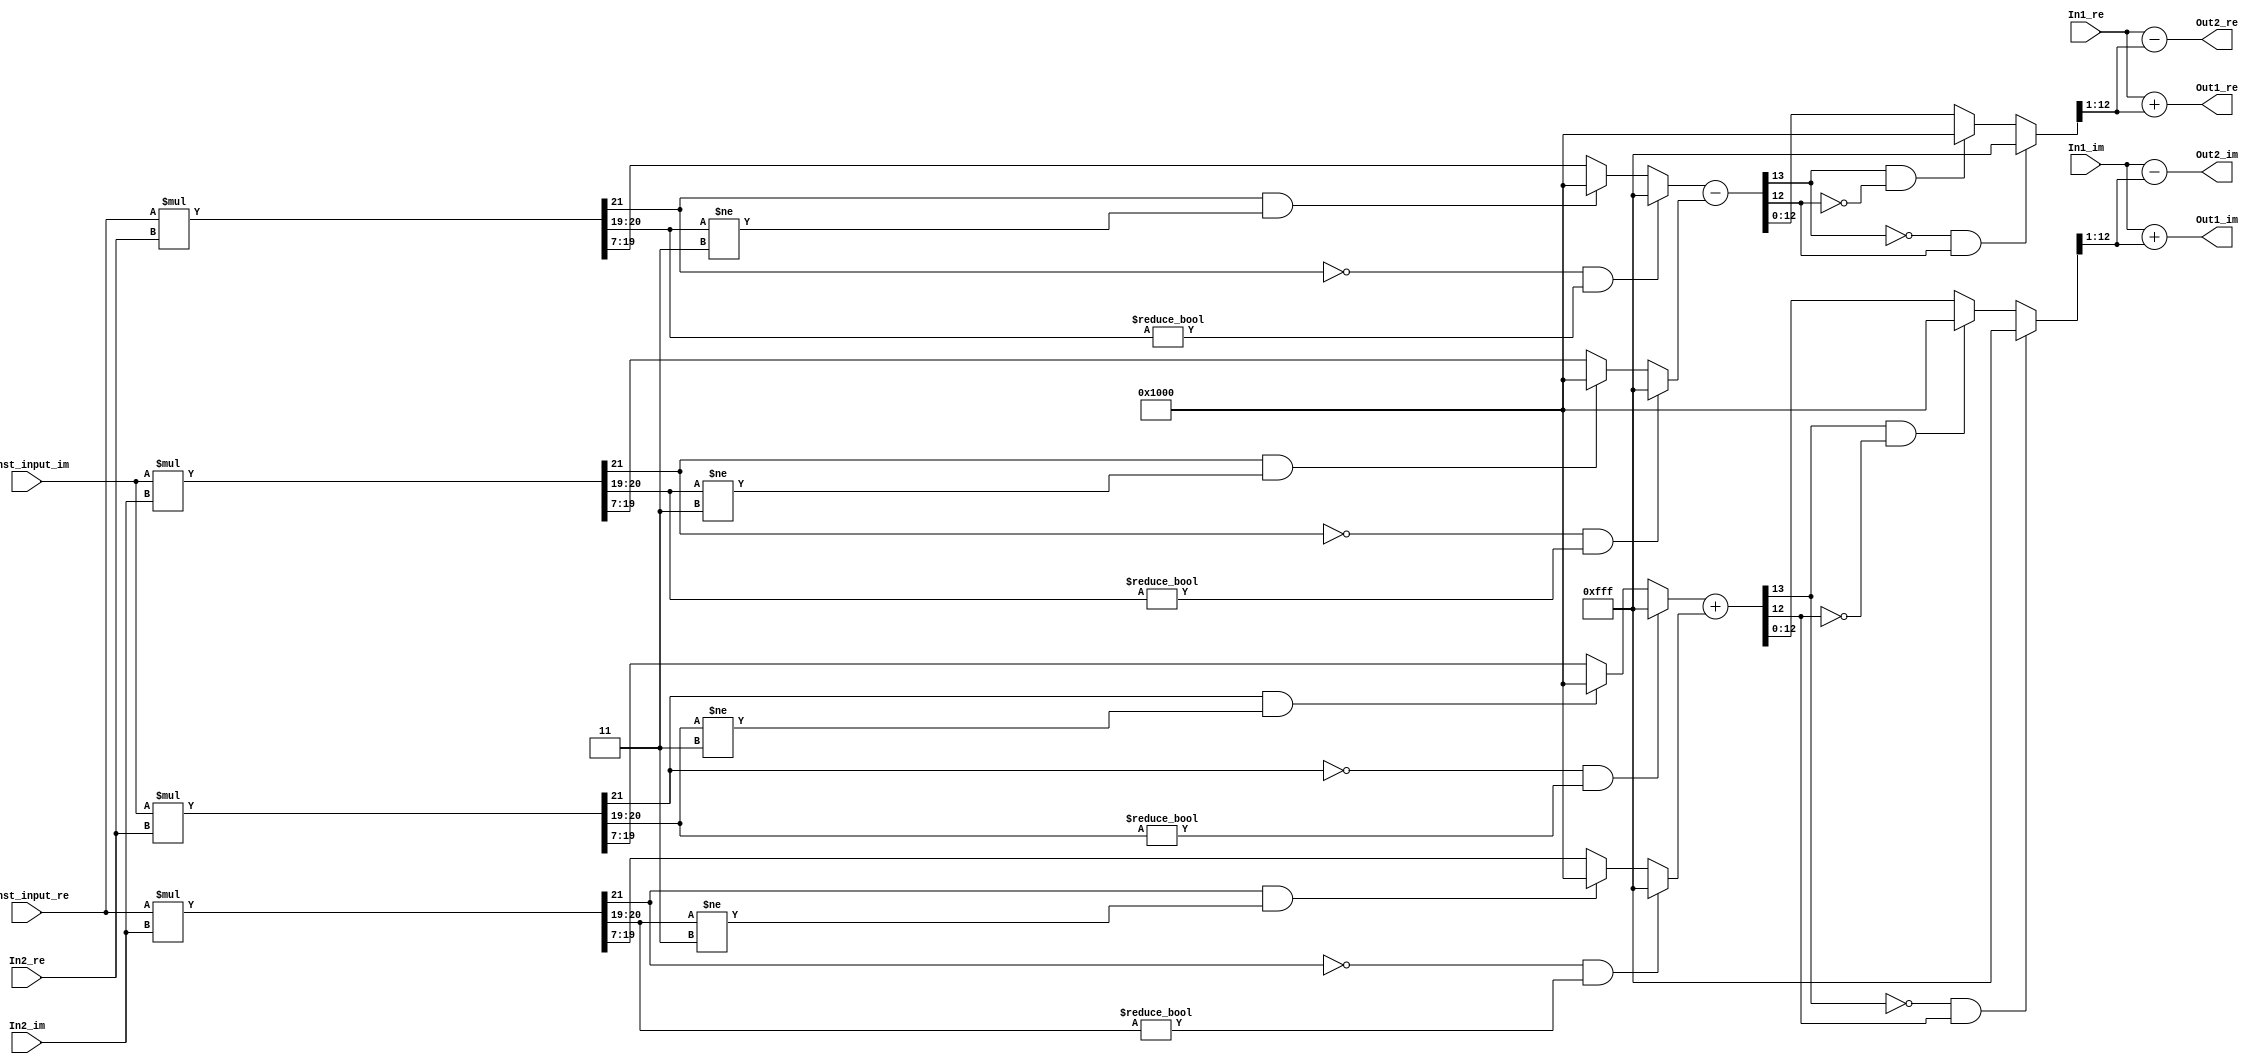
// -------------------------------------------------------------
// 
// 
// Generated by MATLAB 9.4 and HDL Coder 3.12
// 
// -------------------------------------------------------------


// -------------------------------------------------------------
// 
// Module: SixthStageB2
// Source Path: FFTscheme2/FFTv2/Butterflies/128 input 6  step  /SixthStageB2
// Hierarchy Level: 3
// 
// -------------------------------------------------------------

`timescale 1 ns / 1 ns

module SixthStageB2
          (In1_re,
           In1_im,
           In2_re,
           In2_im,
           Const_input_re,
           Const_input_im,
           Out1_re,
           Out1_im,
           Out2_re,
           Out2_im);


  input   signed [11:0] In1_re;  // sfix12_En3
  input   signed [11:0] In1_im;  // sfix12_En3
  input   signed [11:0] In2_re;  // sfix12_En3
  input   signed [11:0] In2_im;  // sfix12_En3
  input   signed [9:0] Const_input_re;  // sfix10_En8
  input   signed [9:0] Const_input_im;  // sfix10_En8
  output  signed [12:0] Out1_re;  // sfix13_En3
  output  signed [12:0] Out1_im;  // sfix13_En3
  output  signed [12:0] Out2_re;  // sfix13_En3
  output  signed [12:0] Out2_im;  // sfix13_En3


  wire signed [21:0] Product_mul_temp;  // sfix22_En11
  wire signed [12:0] Product_sub_cast;  // sfix13_En4
  wire signed [13:0] Product_sub_cast_1;  // sfix14_En4
  wire signed [21:0] Product_mul_temp_1;  // sfix22_En11
  wire signed [12:0] Product_sub_cast_2;  // sfix13_En4
  wire signed [13:0] Product_sub_cast_3;  // sfix14_En4
  wire signed [13:0] Product_sub_temp;  // sfix14_En4
  wire signed [21:0] Product_mul_temp_2;  // sfix22_En11
  wire signed [12:0] Product_add_cast;  // sfix13_En4
  wire signed [13:0] Product_add_cast_1;  // sfix14_En4
  wire signed [21:0] Product_mul_temp_3;  // sfix22_En11
  wire signed [12:0] Product_add_cast_2;  // sfix13_En4
  wire signed [13:0] Product_add_cast_3;  // sfix14_En4
  wire signed [13:0] Product_add_temp;  // sfix14_En4
  wire signed [12:0] Product_out1_re;  // sfix13_En4
  wire signed [12:0] Product_out1_im;  // sfix13_En4
  wire signed [13:0] Sum_add_cast;  // sfix14_En3
  wire signed [13:0] Sum_add_cast_1;  // sfix14_En3
  wire signed [13:0] Sum_add_temp;  // sfix14_En3
  wire signed [13:0] Sum_add_cast_2;  // sfix14_En3
  wire signed [13:0] Sum_add_cast_3;  // sfix14_En3
  wire signed [13:0] Sum_add_temp_1;  // sfix14_En3
  wire signed [12:0] Sum_out1_re;  // sfix13_En3
  wire signed [12:0] Sum_out1_im;  // sfix13_En3
  wire signed [13:0] Sum1_sub_cast;  // sfix14_En3
  wire signed [13:0] Sum1_sub_cast_1;  // sfix14_En3
  wire signed [13:0] Sum1_sub_temp;  // sfix14_En3
  wire signed [13:0] Sum1_sub_cast_2;  // sfix14_En3
  wire signed [13:0] Sum1_sub_cast_3;  // sfix14_En3
  wire signed [13:0] Sum1_sub_temp_1;  // sfix14_En3
  wire signed [12:0] Sum1_out1_re;  // sfix13_En3
  wire signed [12:0] Sum1_out1_im;  // sfix13_En3


  assign Product_mul_temp = Const_input_re * In2_re;
  assign Product_sub_cast = ((Product_mul_temp[21] == 1'b0) && (Product_mul_temp[20:19] != 2'b00) ? 13'sb0111111111111 :
              ((Product_mul_temp[21] == 1'b1) && (Product_mul_temp[20:19] != 2'b11) ? 13'sb1000000000000 :
              $signed(Product_mul_temp[19:7])));
  assign Product_sub_cast_1 = {Product_sub_cast[12], Product_sub_cast};
  assign Product_mul_temp_1 = Const_input_im * In2_im;
  assign Product_sub_cast_2 = ((Product_mul_temp_1[21] == 1'b0) && (Product_mul_temp_1[20:19] != 2'b00) ? 13'sb0111111111111 :
              ((Product_mul_temp_1[21] == 1'b1) && (Product_mul_temp_1[20:19] != 2'b11) ? 13'sb1000000000000 :
              $signed(Product_mul_temp_1[19:7])));
  assign Product_sub_cast_3 = {Product_sub_cast_2[12], Product_sub_cast_2};
  assign Product_sub_temp = Product_sub_cast_1 - Product_sub_cast_3;
  assign Product_out1_re = ((Product_sub_temp[13] == 1'b0) && (Product_sub_temp[12] != 1'b0) ? 13'sb0111111111111 :
              ((Product_sub_temp[13] == 1'b1) && (Product_sub_temp[12] != 1'b1) ? 13'sb1000000000000 :
              $signed(Product_sub_temp[12:0])));
  assign Product_mul_temp_2 = Const_input_im * In2_re;
  assign Product_add_cast = ((Product_mul_temp_2[21] == 1'b0) && (Product_mul_temp_2[20:19] != 2'b00) ? 13'sb0111111111111 :
              ((Product_mul_temp_2[21] == 1'b1) && (Product_mul_temp_2[20:19] != 2'b11) ? 13'sb1000000000000 :
              $signed(Product_mul_temp_2[19:7])));
  assign Product_add_cast_1 = {Product_add_cast[12], Product_add_cast};
  assign Product_mul_temp_3 = Const_input_re * In2_im;
  assign Product_add_cast_2 = ((Product_mul_temp_3[21] == 1'b0) && (Product_mul_temp_3[20:19] != 2'b00) ? 13'sb0111111111111 :
              ((Product_mul_temp_3[21] == 1'b1) && (Product_mul_temp_3[20:19] != 2'b11) ? 13'sb1000000000000 :
              $signed(Product_mul_temp_3[19:7])));
  assign Product_add_cast_3 = {Product_add_cast_2[12], Product_add_cast_2};
  assign Product_add_temp = Product_add_cast_1 + Product_add_cast_3;
  assign Product_out1_im = ((Product_add_temp[13] == 1'b0) && (Product_add_temp[12] != 1'b0) ? 13'sb0111111111111 :
              ((Product_add_temp[13] == 1'b1) && (Product_add_temp[12] != 1'b1) ? 13'sb1000000000000 :
              $signed(Product_add_temp[12:0])));



  assign Sum_add_cast = {{2{In1_re[11]}}, In1_re};
  assign Sum_add_cast_1 = {{2{Product_out1_re[12]}}, Product_out1_re[12:1]};
  assign Sum_add_temp = Sum_add_cast + Sum_add_cast_1;
  assign Sum_out1_re = ((Sum_add_temp[13] == 1'b0) && (Sum_add_temp[12] != 1'b0) ? 13'sb0111111111111 :
              ((Sum_add_temp[13] == 1'b1) && (Sum_add_temp[12] != 1'b1) ? 13'sb1000000000000 :
              $signed(Sum_add_temp[12:0])));
  assign Sum_add_cast_2 = {{2{In1_im[11]}}, In1_im};
  assign Sum_add_cast_3 = {{2{Product_out1_im[12]}}, Product_out1_im[12:1]};
  assign Sum_add_temp_1 = Sum_add_cast_2 + Sum_add_cast_3;
  assign Sum_out1_im = ((Sum_add_temp_1[13] == 1'b0) && (Sum_add_temp_1[12] != 1'b0) ? 13'sb0111111111111 :
              ((Sum_add_temp_1[13] == 1'b1) && (Sum_add_temp_1[12] != 1'b1) ? 13'sb1000000000000 :
              $signed(Sum_add_temp_1[12:0])));



  assign Out1_re = Sum_out1_re;

  assign Out1_im = Sum_out1_im;

  assign Sum1_sub_cast = {{2{In1_re[11]}}, In1_re};
  assign Sum1_sub_cast_1 = {{2{Product_out1_re[12]}}, Product_out1_re[12:1]};
  assign Sum1_sub_temp = Sum1_sub_cast - Sum1_sub_cast_1;
  assign Sum1_out1_re = ((Sum1_sub_temp[13] == 1'b0) && (Sum1_sub_temp[12] != 1'b0) ? 13'sb0111111111111 :
              ((Sum1_sub_temp[13] == 1'b1) && (Sum1_sub_temp[12] != 1'b1) ? 13'sb1000000000000 :
              $signed(Sum1_sub_temp[12:0])));
  assign Sum1_sub_cast_2 = {{2{In1_im[11]}}, In1_im};
  assign Sum1_sub_cast_3 = {{2{Product_out1_im[12]}}, Product_out1_im[12:1]};
  assign Sum1_sub_temp_1 = Sum1_sub_cast_2 - Sum1_sub_cast_3;
  assign Sum1_out1_im = ((Sum1_sub_temp_1[13] == 1'b0) && (Sum1_sub_temp_1[12] != 1'b0) ? 13'sb0111111111111 :
              ((Sum1_sub_temp_1[13] == 1'b1) && (Sum1_sub_temp_1[12] != 1'b1) ? 13'sb1000000000000 :
              $signed(Sum1_sub_temp_1[12:0])));



  assign Out2_re = Sum1_out1_re;

  assign Out2_im = Sum1_out1_im;

endmodule  // SixthStageB2